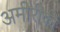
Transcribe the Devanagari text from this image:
अमीरीकी